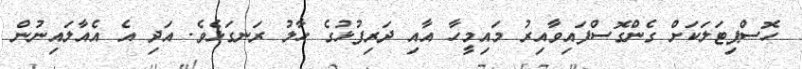
ހޮސްޕިޓަލަކަށް ގެންގޮސްފައިވާއިރު މައިމީހާ އާއި ދަރިފުޅުގެ ހާލު ރަނގަޅެވެ. އަދި އެ އެއާލައިނުން